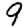
Digit: 9